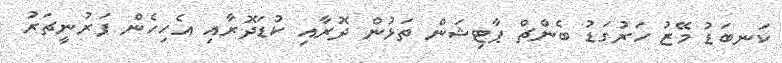
ކަނބަޑު މޭޒު ހަރުގަޑު ބެންޗް ޕާޓިޝަން ތަޅުން ދޮރާއި ކުޑަދޮރާއި އެހިހެން ފަރުނީޗަރު